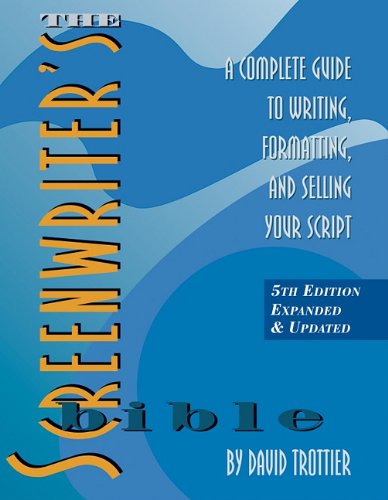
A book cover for The Screenwriter's Bible: A Complete Guide to Writing, Formatting, and Selling Your Script; David Trottier; Humor & Entertainment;